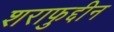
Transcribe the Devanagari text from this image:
शराफुद्दीन